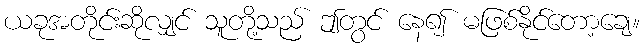
ယခုအတိုင်းဆိုလျှင် သူတို့သည် ဤတွင် နေ၍ မဖြစ်နိုင်တော့ချေ။